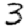
Digit: 3